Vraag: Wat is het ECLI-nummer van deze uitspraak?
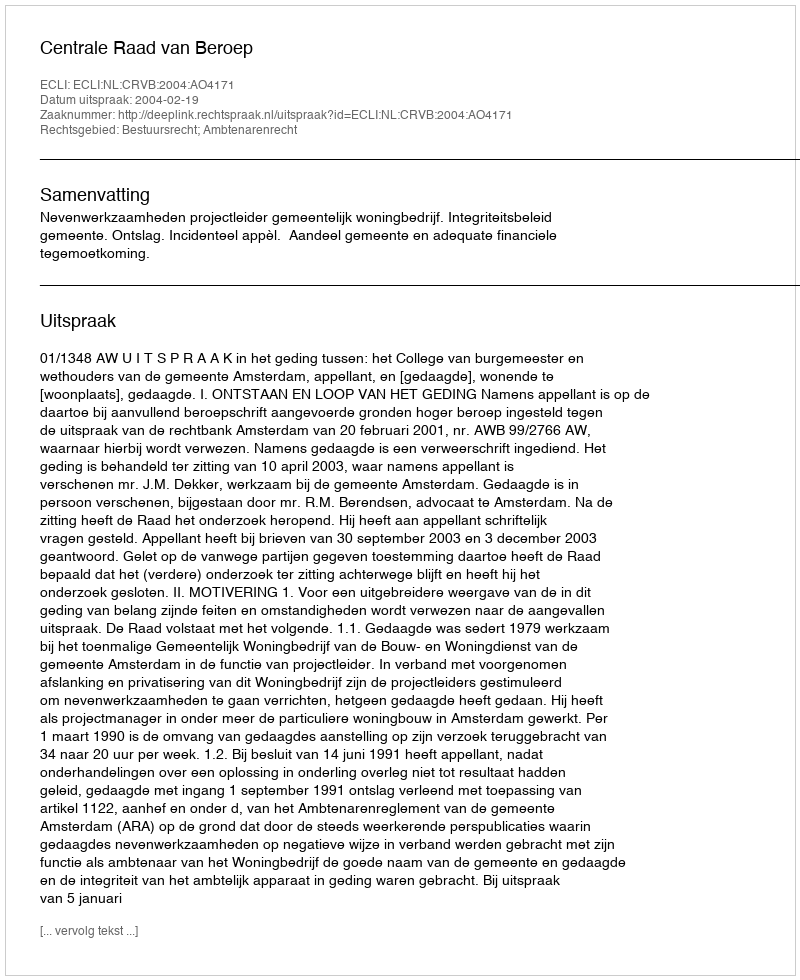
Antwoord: ECLI:NL:CRVB:2004:AO4171